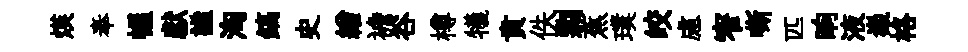
煐奉幄獻謐洶鎬史繒襜谷樽犧賁佚剽蕉璞皎慮窄嘶匹晌液嶻格